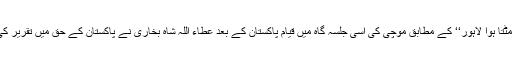
’’مٹتا ہوا لاہور‘‘ کے مطابق موچی کی اسی جلسہ گاہ میں قیامِ پاکستان کے بعد عطاء اللہ شاہ بخاری نے پاکستان کے حق میں تقریر کی۔